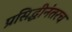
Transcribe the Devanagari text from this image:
प्रसिद्धीनंतरच